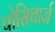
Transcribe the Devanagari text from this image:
पोसिचार्ज